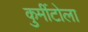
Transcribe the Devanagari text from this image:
कुर्मीटोला